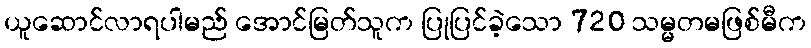
ယူဆောင်လာရပါမည် အောင်မြတ်သူက ပြုပြင်ခဲ့သော 720 သမ္မတမဖြစ်မီက